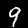
Label: 9